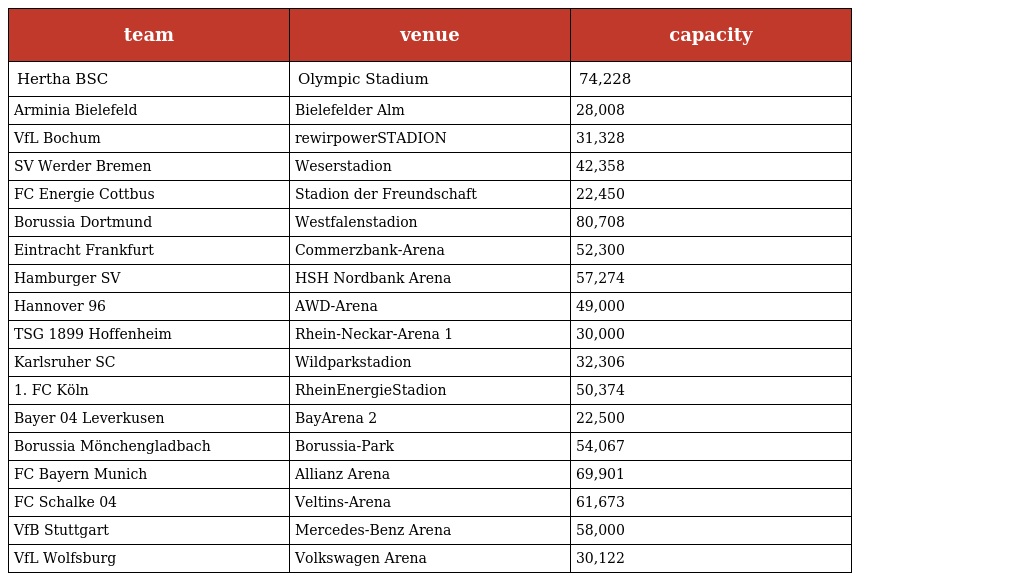
| team | venue | capacity |
 | --- | --- | --- |
 | Hertha BSC | Olympic Stadium | 74,228 |
 | Arminia Bielefeld | Bielefelder Alm | 28,008 |
 | VfL Bochum | rewirpowerSTADION | 31,328 |
 | SV Werder Bremen | Weserstadion | 42,358 |
 | FC Energie Cottbus | Stadion der Freundschaft | 22,450 |
 | Borussia Dortmund | Westfalenstadion | 80,708 |
 | Eintracht Frankfurt | Commerzbank-Arena | 52,300 |
 | Hamburger SV | HSH Nordbank Arena | 57,274 |
 | Hannover 96 | AWD-Arena | 49,000 |
 | TSG 1899 Hoffenheim | Rhein-Neckar-Arena 1 | 30,000 |
 | Karlsruher SC | Wildparkstadion | 32,306 |
 | 1. FC Köln | RheinEnergieStadion | 50,374 |
 | Bayer 04 Leverkusen | BayArena 2 | 22,500 |
 | Borussia Mönchengladbach | Borussia-Park | 54,067 |
 | FC Bayern Munich | Allianz Arena | 69,901 |
 | FC Schalke 04 | Veltins-Arena | 61,673 |
 | VfB Stuttgart | Mercedes-Benz Arena | 58,000 |
 | VfL Wolfsburg | Volkswagen Arena | 30,122 |